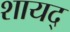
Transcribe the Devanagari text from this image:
शायद्